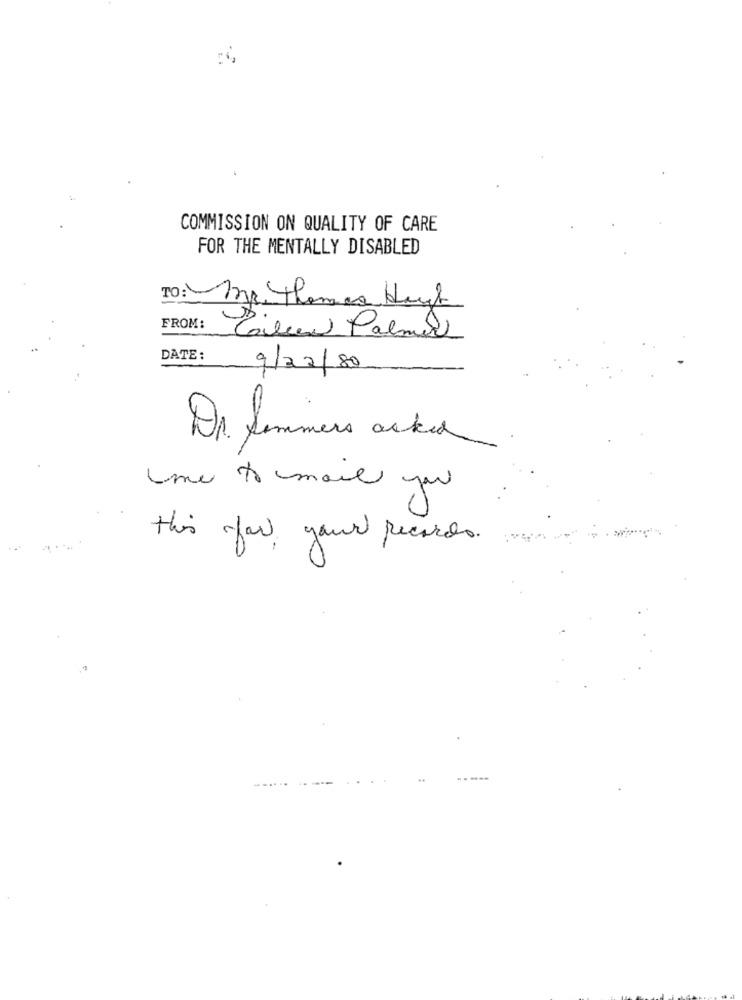
COMMISSION ON QUALITY OF CARE
FOR THE MENTALLY DISABLED
TO: Ip thomas Haut
FROM:
Colin Palmer
DATE:
9/22/80
Dr. Summers acked
me to mail you
this for your records.